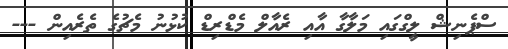
ސްޕެނިޝް ލީގްގައި މަލާގާ އާއި ރެއާލް މެޑްރިޑް ކުޅުނު މެޗުގެ ތެރެއިން ---